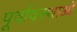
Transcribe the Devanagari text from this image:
पूर्वावस्थाओं